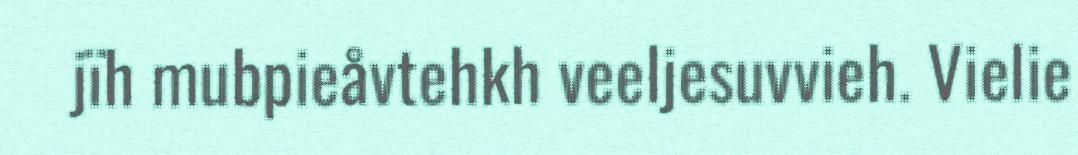
jïh mubpieåvtehkh veeljesuvvieh. Vielie